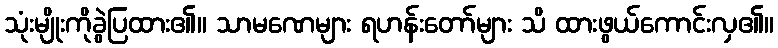
သုံးမျိုးကိုခွဲပြထား၏။ သာမဏေများ ရဟန်းတော်များ သိ ထားဖွယ်ကောင်းလှ၏။